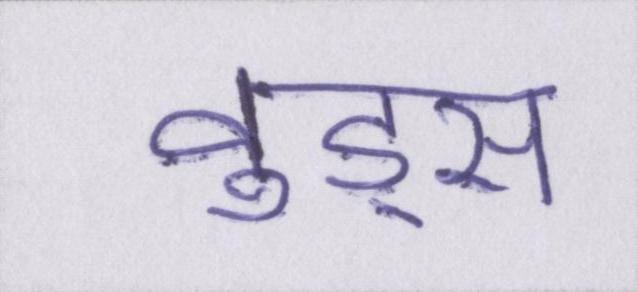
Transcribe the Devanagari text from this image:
वुड्स